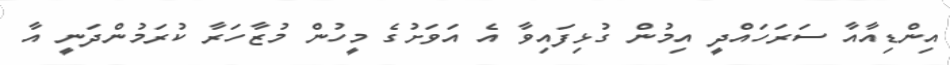
އިންޑިއާއާ ސަރަހައްދީ އިމުން ގުޅިފައިވާ އެ އަވަށުގެ މީހުން މުޒާހަރާ ކުރަމުންދަނީ އާ